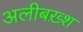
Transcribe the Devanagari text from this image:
अलीबख़्श